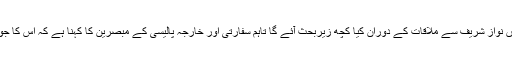
سعودیوں کی جانب سے کوئی عندیہ سامنے نہیں آیا کہ میاں نواز شریف سے ملاقات کے دوران کیا کچھ زیربحث آئے گا تاہم سفارتی اور خارجہ پالیسی کے مبصرین کا کہنا ہے کہ اس کا جواب موجودہ صورتحال کی تناظر میں تلاش کیا جاسکتا ہے۔